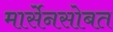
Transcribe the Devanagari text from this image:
मार्सेनसोबत